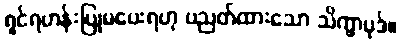
ရှင်ရဟန်းပြုမပေးရဟု ပညတ်ထားသော သိက္ခာပုဒ်။